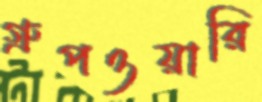
গ্রুপওয়ারি